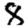
Digit: 8